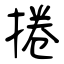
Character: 捲